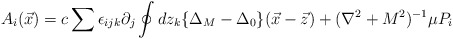
\begin{align*}A_i(\vec{x})=c\sum \epsilon_{ijk}\partial_j\oint dz_k\{\Delta_M-\Delta_0\}(\vec{x}-\vec{z})+(\nabla^2+M^2)^{-1}\mu P_i\end{align*}